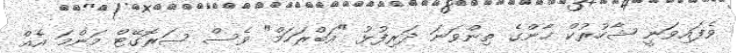
ވެފައިވަނީ ޝާހުރުކް ޚާންގެ ތިންވަނަ ދަރިފުޅު "އަބްރަހަމް" ވެސް ސަރޮގޭޓް މަންމަ އެއް